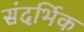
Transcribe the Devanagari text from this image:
संदर्भिक